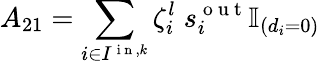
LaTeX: A_{21}=\sum_{i\in I^{\mathrm{~i~n~},k}}\zeta_{i}^{l}\; s_{i}^{\mathrm{~o~u~t~}}\mathbb{I}_{(d_{i}=0)}